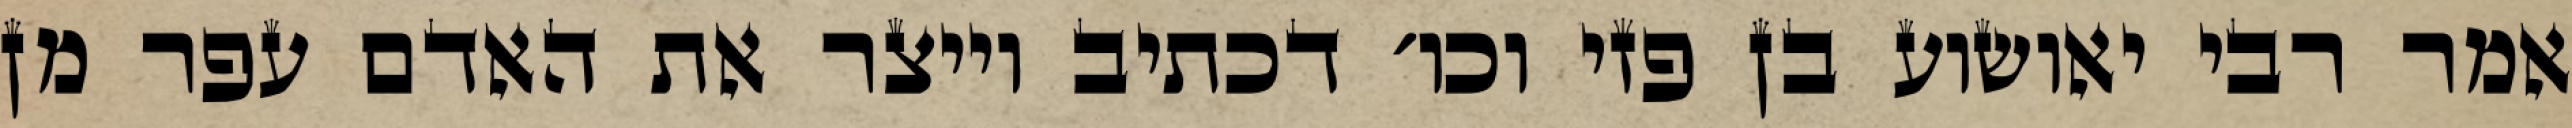
אמר רבי יאושוע בן פזי וכו׳ דכתיב וייצר את האדם עפר מן